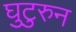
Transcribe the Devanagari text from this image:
घुटुरुन